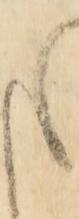
ま